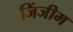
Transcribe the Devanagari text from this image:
जिंजीम